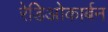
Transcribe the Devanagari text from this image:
रेडिओकार्बन